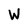
Character: W